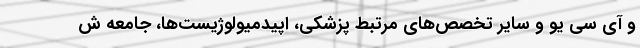
و آی سی یو و سایر تخصص‌های مرتبط پزشکی، اپیدمیولوژیست‌ها، جامعه ش